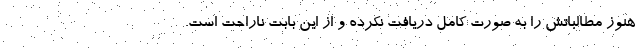
هنوز مطالباتش را به صورت کامل دریافت نکرده و از این بابت ناراحت است.